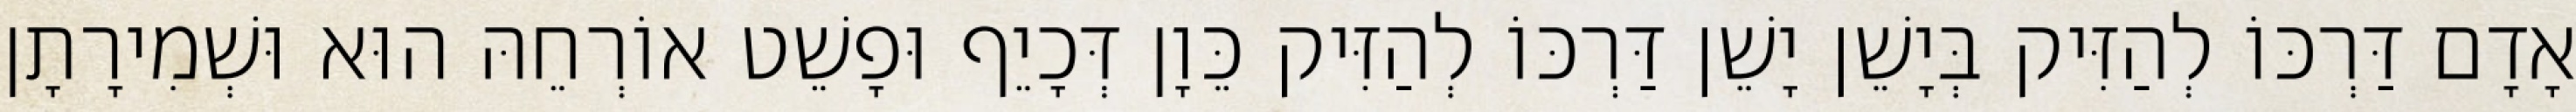
אָדָם דַּרְכּוֹ לְהַזִּיק בְּיָשֵׁן יָשֵׁן דַּרְכּוֹ לְהַזִּיק כֵּוָן דְּכָיֵף וּפָשֵׁט אוֹרְחֵהּ הוּא וּשְׁמִירָתָן